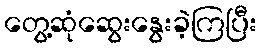
တွေ့ဆုံဆွေးနွေးခဲ့ကြပြီး